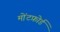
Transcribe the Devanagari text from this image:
मोंटफ़ोर्ड